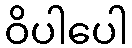
ဝိပါပေါ